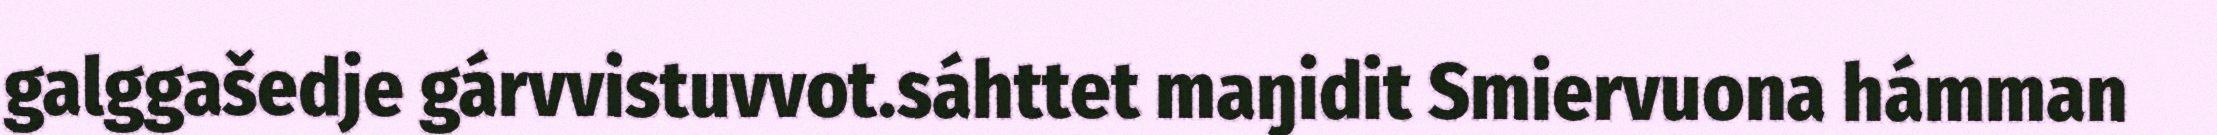
galggašedje gárvvistuvvot.sáhttet maŋidit Smiervuona hámman